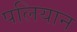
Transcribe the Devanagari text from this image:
पलियान